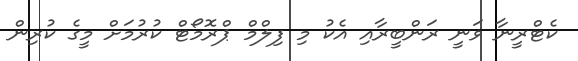
ކެޓްރީނާ ވަނީ ރަންބީރާއި އެކު މި ފިލްމް ޕްރޮމޯޓް ކުރުމަށް މީގެ ކުރިން